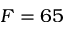
F = 6 5